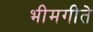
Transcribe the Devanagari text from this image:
भीमगीते